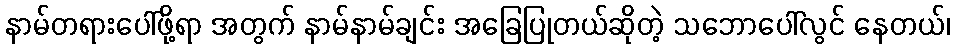
နာမ်တရားပေါ်ဖို့ရာ အတွက် နာမ်နာမ်ချင်း အခြေပြုတယ်ဆိုတဲ့ သဘောပေါ်လွင် နေတယ်၊